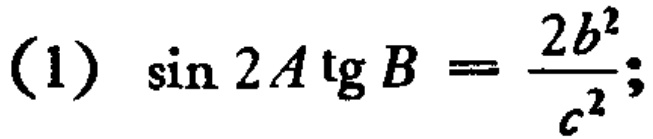
\((1)\ \sin 2A \tg B = \frac{2b^{2}}{c^{2}};\)